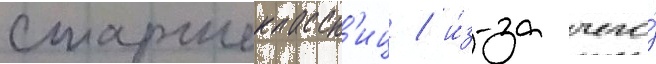
старшеклассн'иц / и́з-за чего́